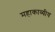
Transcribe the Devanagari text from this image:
महाकाव्यीय